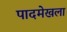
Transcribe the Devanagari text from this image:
पादमेखला